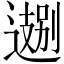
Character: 𬩁